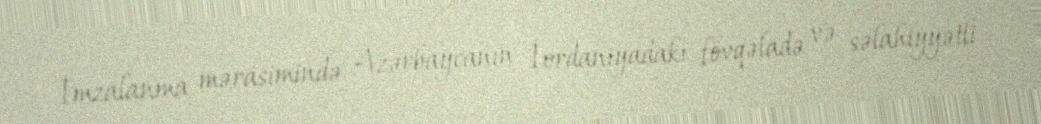
İmzalanma mərasimində Azərbaycanın İordaniyadakı fövqəladə və səlahiyyətli